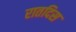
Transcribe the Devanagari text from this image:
रातदिस